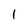
Character: l